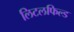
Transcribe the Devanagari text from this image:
लिटलफिल्ड